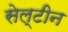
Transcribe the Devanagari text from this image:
सेल्टीन